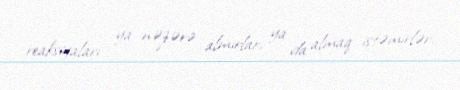
reaksiyaları ya nəzərə almırlar, ya da almaq istəmirlər.